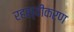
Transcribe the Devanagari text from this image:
रहस्यीकरण